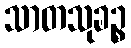
သာတသုခဉ္စ